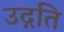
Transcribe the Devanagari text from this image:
उद्गति